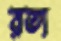
রতা